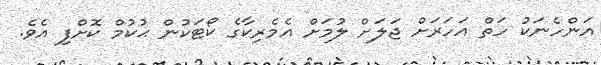
އަންހެނަކު ހަތް އަހަރަށް ޖަލަށް ލުމަށް އެމެރިކާގެ ކޯޓަކުން ޙުކުމް ކޮށްފި އެވެ.